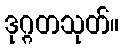
ဒုဂ္ဂတသုတ်။